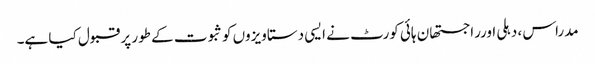
مدراس ، دہلی اورراجستھان ہائی کورٹ نے ایسی دستاویزوں کوثبوت کے طور پر قبول کیا ہے۔